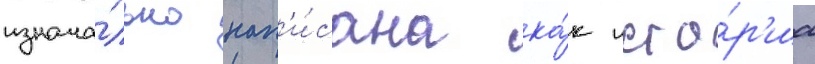
изнача́льно нап'и́сана ка́к исто́р'иа